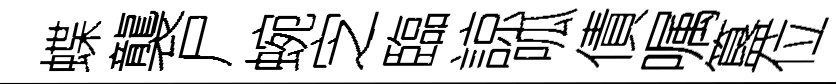
蝶襲尸蜿㝎臨諒呱債嘱簋位